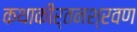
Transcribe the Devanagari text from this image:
कथाकीर्तनश्रवण